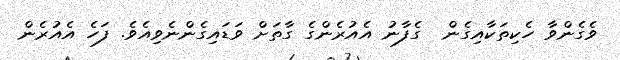
ވެގެންވާ ހެކިތަކާއިގެން  ގެފާނު އެއުރެންގެ ގާތަށް ވަޑައިގެންނެވިއެވެ. ފަހެ އެއުރެން